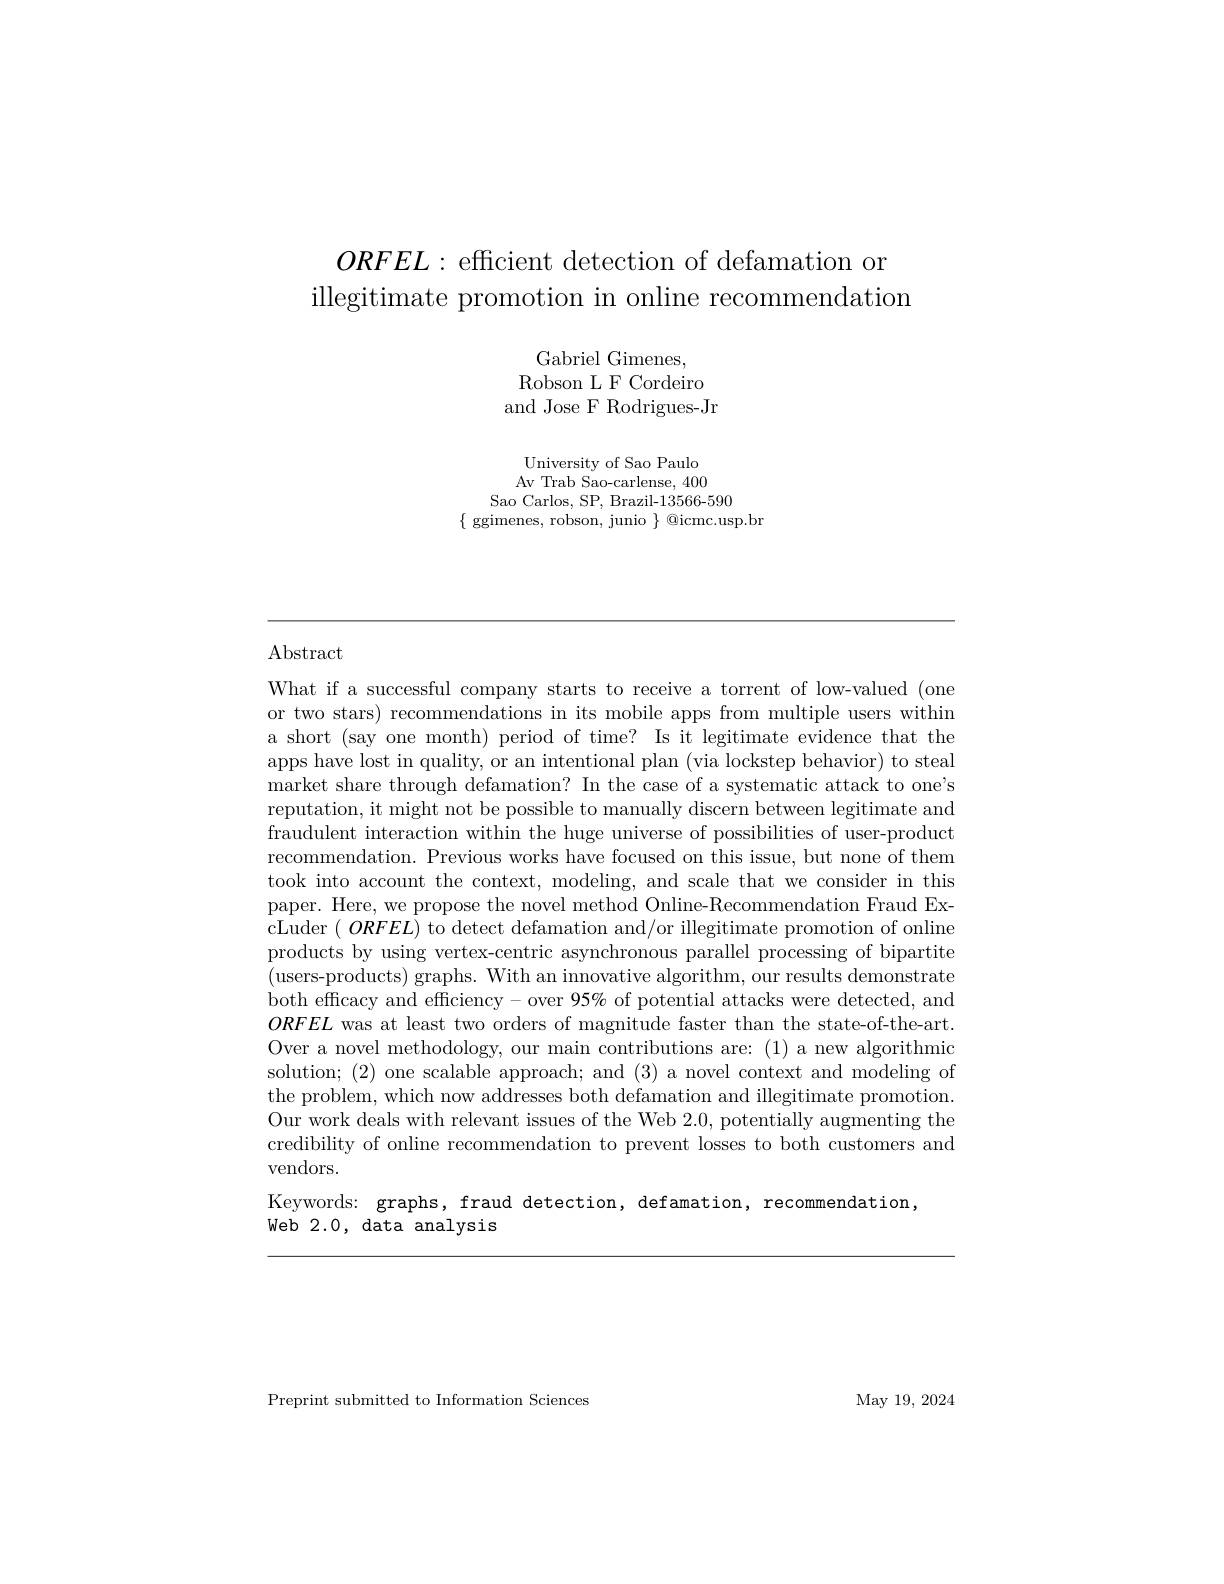
$ORFEL:$ efficient detection of defamation or
illegitimate promotion in online recommendation

Gabriel Gimenes, Robson L F Cordeiro and Jose F Rodrigues-Jr
University of Sao Paulo Av Trab Sao-carlense, 400
Sao Carlos, SP, Brazil-13566-590
$\{$ ggimenes, robson, junio $\}$ @icmc.usp.br

$\operatorname{Abstract}$

What if a successful company starts to receive a torrent of low-valued (one or two stars) recommendations in its mobile apps from multiple users within a short (say one month) period of time? Is it legitimate evidence that the apps have lost in quality, or an intentional plan (via lockstep behavior) to steal market share through defamation? In the case of a systematic attack to one's reputation, it might not be possible to manually discern between legitimate and fraudulent interaction within the huge universe of possibilities of user-product recommendation. Previous works have focused on this issue, but none of them took into account the context, modeling, and scale that we consider in this paper. Here, we propose the novel method Online-Recommendation Fraud ExcLuder $( \textit{ORFEL) to detect defamation and/ or illegitimate promotion of online}$ products by using vertex-centric asynchronous parallel processing of bipartite (users-products) graphs. With an innovative algorithm, our results demonstrate both efficacy and efficiency - over 95% of potential attacks were detected, and $ORFEL$ was at least two orders of magnitude faster than the state-of-the-art. Over a novel methodology, our main contributions are: (1) a new algorithmic solution; (2) one scalable approach; and (3) a novel context and modeling of the problem, which now addresses both defamation and illegitimate promotion. Our work deals with relevant issues of the Web 2.0, potentially augmenting the credibility of online recommendation to prevent losses to both customers and vendors.
Keywords: graphs, fraud detection, defamation, recommendation,

Web 2.0, data analysis

May 19,  2024

Preprint submitted to Information Sciences